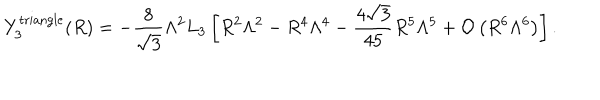
LaTeX: Y _ { 3 } ^ { \mathrm { t r i a n g l e } } ( R ) = - \frac { 8 } { \sqrt 3 } \Lambda ^ { 2 } L _ { 3 } \left[ R ^ { 2 } \Lambda ^ { 2 } - R ^ { 4 } \Lambda ^ { 4 } - \frac { 4 \sqrt 3 } { 4 5 } R ^ { 5 } \Lambda ^ { 5 } + { \cal O } \left( R ^ { 6 } \Lambda ^ { 6 } \right) \right] .